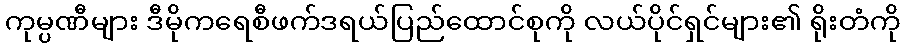
ကုမ္ပဏီများ ဒီမိုကရေစီဖက်ဒရယ်ပြည်ထောင်စုကို လယ်ပိုင်ရှင်များ၏ ရိုးတံကို